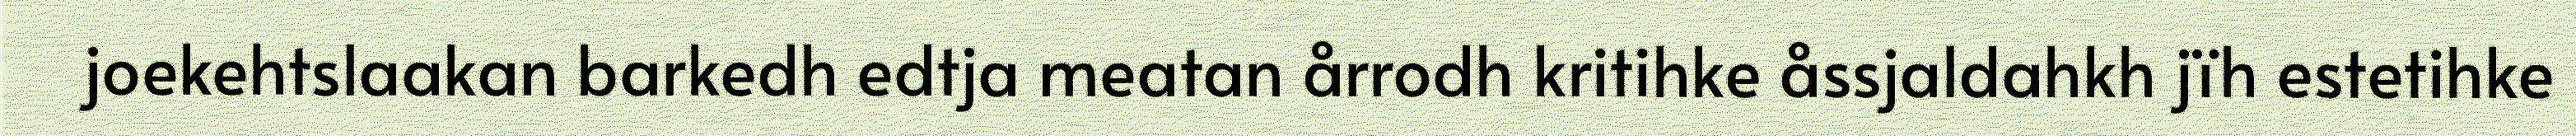
joekehtslaakan barkedh edtja meatan årrodh kritihke åssjaldahkh jïh estetihke